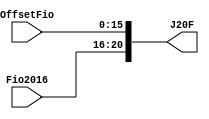
module J20B( input wire [15:0] OffsetFio, input wire [4:0] Fio2016, output wire [20:0] J20F);

assign J20F = {Fio2016,OffsetFio};

endmodule